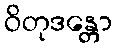
ဝိတုဒန္တော